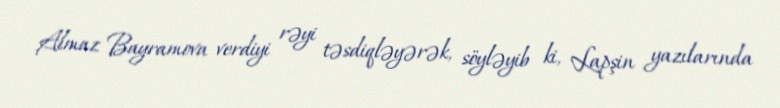
Almaz Bayramova verdiyi rəyi təsdiqləyərək, söyləyib ki, Lapşin yazılarında